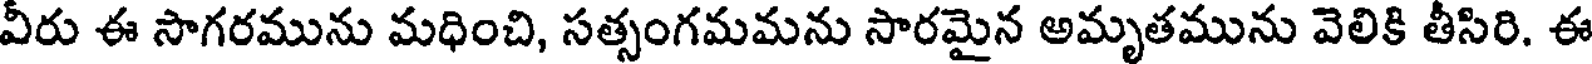
వీరు ఈ సాగరమును మధించి, సత్సంగమమను సారమైన అమృతమును వెలికి తీసిరి. ఈ